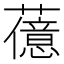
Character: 𬟆